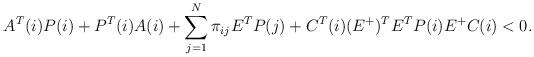
LaTeX: \begin{align*}A^T(i)P(i)+P^T(i)A(i)+\sum_{j=1}^{N}\pi_{ij}E^TP(j)+C^T(i)(E^{+})^TE^TP(i)E^{+}C(i)<0.\end{align*}